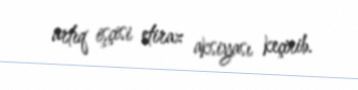
artıq işçisi etiraz aksiyası keçirib.